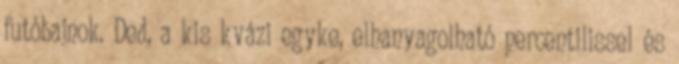
futóbajnok. Ded, a kis kvázi egyke, elhanyagolható percentilissel és